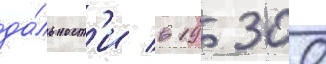
да́льност'и в 19 300